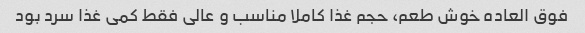
فوق العاده خوش طعم، حجم غذا کاملا مناسب و عالی فقط کمی غذا سرد بود